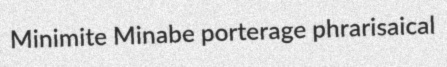
Minimite Minabe porterage phrarisaical